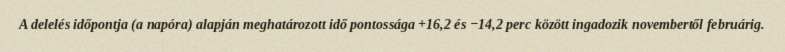
A delelés időpontja (a napóra) alapján meghatározott idő pontossága +16,2 és −14,2 perc között ingadozik novembertől februárig.